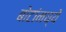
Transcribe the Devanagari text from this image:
बोटांमघ्ये